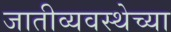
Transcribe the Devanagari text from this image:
जातीव्यवस्थेच्या